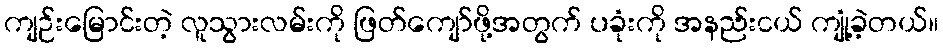
ကျဉ်းမြောင်းတဲ့ လူသွားလမ်းကို ဖြတ်ကျော်ဖို့အတွက် ပခုံးကို အနည်းငယ် ကျုံ့ခဲ့တယ်။